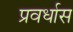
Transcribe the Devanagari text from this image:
प्रवर्धास